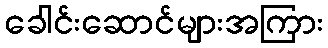
ခေါင်းဆောင်များအကြား